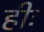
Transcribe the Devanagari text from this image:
हीः